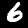
Label: 6